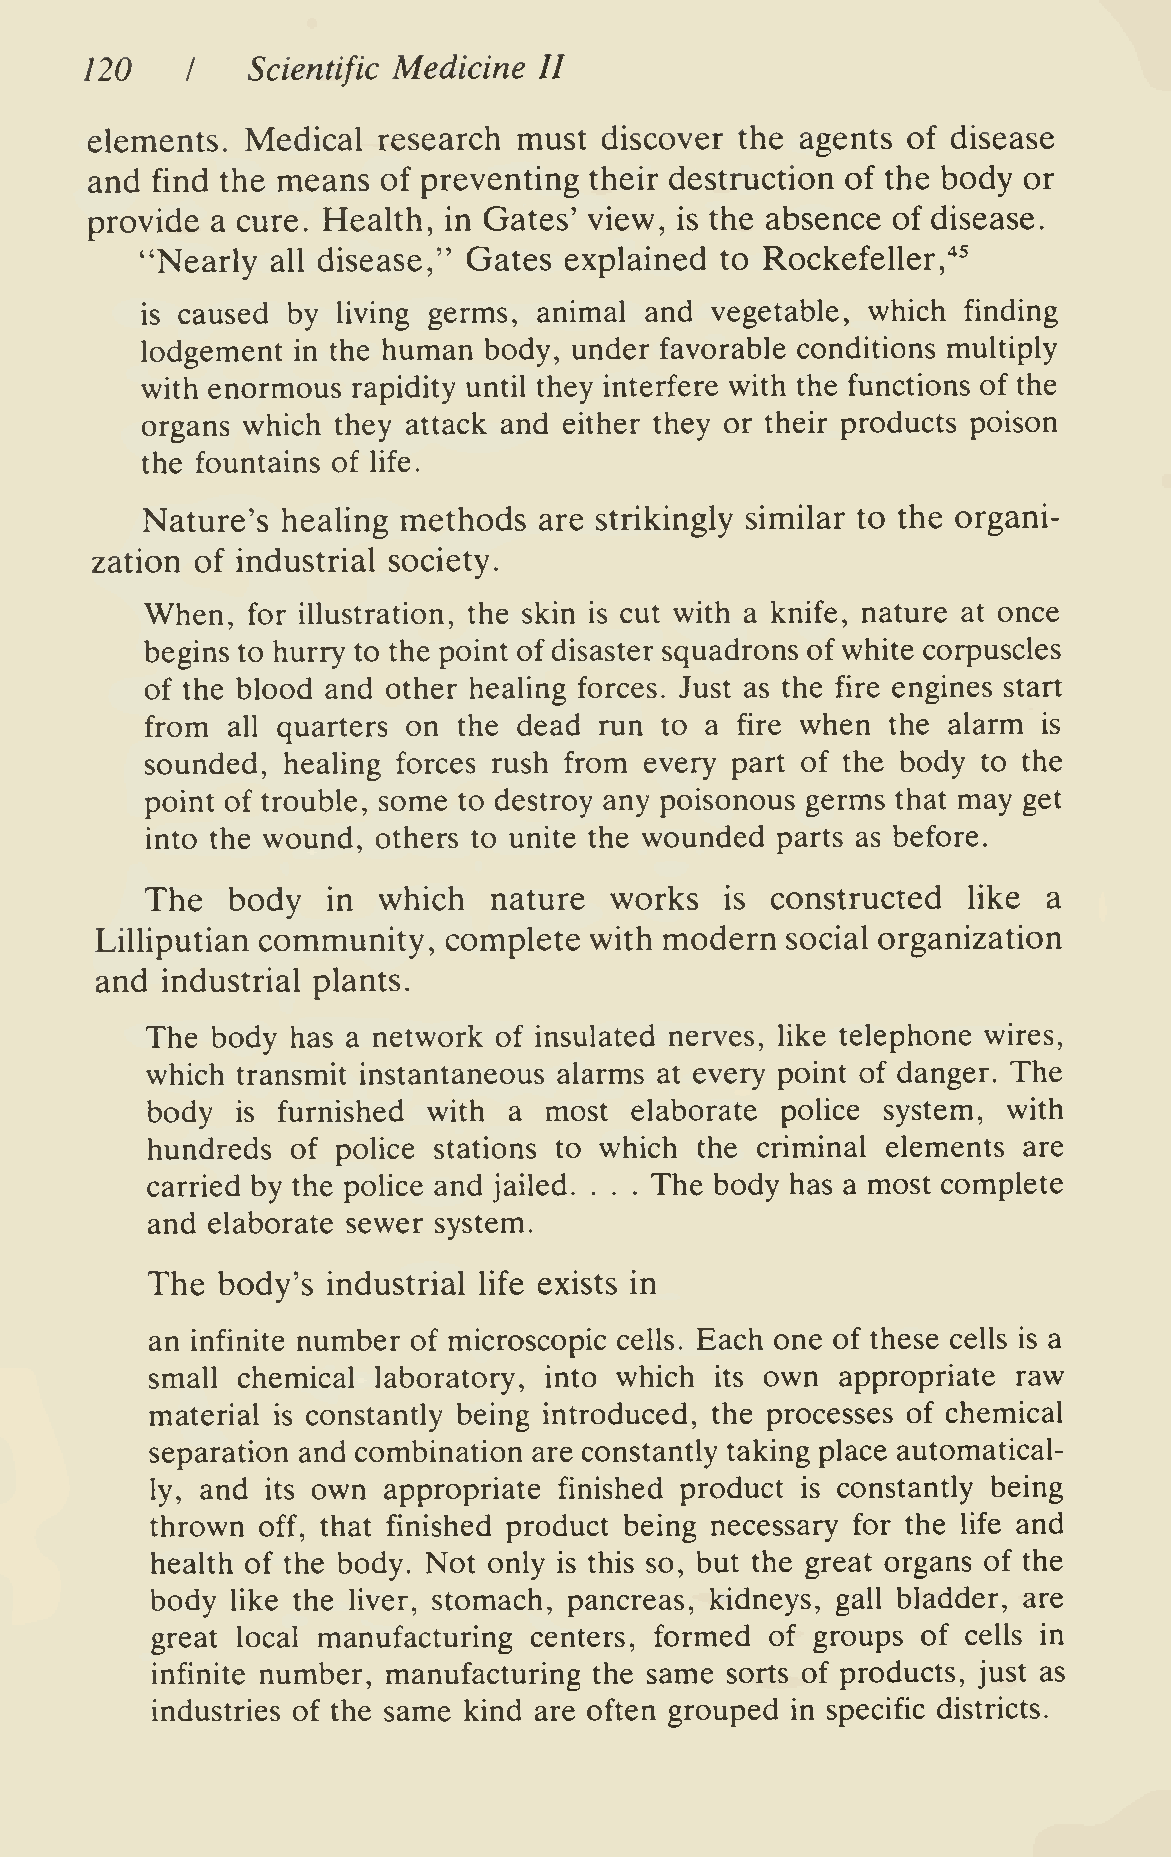
120   I   Scientific Medicine II
 elements. Medical  research must  discover the agents of disease
 and find the means of preventing their destruction of the body or
 provide a cure. Health, in Gates' view, is the absence of disease.
 "Nearly  all disease," Gates explained to Rockefeller,"^^
 is caused by living germs, animal and vegetable, which finding
 lodgement in the human body, under favorable conditions multiply
 with enormous rapidity until they interfere with the functions of the
 organs which they attack and either they or their products poison
 the fountains of life.
 Nature's  healing methods  are strikingly similar to the organi-
 zation of industrial society.
 When, for illustration, the skin is cut with a knife, nature at once
 begins to hurry to the point of disaster squadrons of white corpuscles
 of the blood and other healing forces. Just as the fire engines start
 from all quarters on the dead run to a fire when the alarm is
 sounded, healing forces rush from every part of the body to the
 point of trouble, some to destroy any poisonous germs that may get
 into the wound, others to unite the wounded parts as before.
 The  body   in which  nature  works   is constructed  like a
 Lilliputian community, complete  with modern  social organization
 and  industrial plants.
 The body has a network of insulated nerves, like telephone wires,
 which transmit instantaneous alarms at every point of danger. The
 body    furnished with  a most  elaborate police system, with
 is
 hundreds of police stations to which the criminal elements are
 carried by the police and jailed. The body has a most complete
 . . .
 and elaborate sewer system.
 The body's  industrial life exists in
 an infinite number of microscopic cells. Each one of these cells is a
 small chemical laboratory, into which its own appropriate raw
 material is constantly being introduced, the processes of chemical
 separation and combination are constantly taking place automatical-
 ly, and its own appropriate finished product is constantly being
 thrown off, that finished product being necessary for the life and
 health of the body. Not only is this so, but the great organs of the
 body like the liver, stomach, pancreas, kidneys, gall bladder, are
 great local manufacturing centers, formed of groups of cells in
 infinite number, manufacturing the same sorts of products, just as
 industries of the same kind are often grouped in specific districts.